Insane asylums in Bengal annual reports 1876-1887 - 1876-1887
Year: 1876
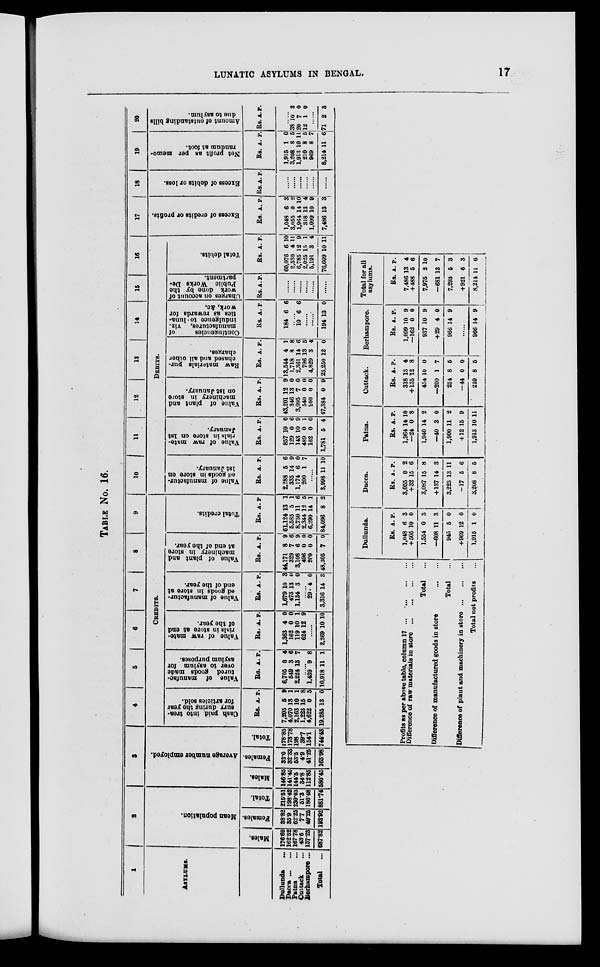
LUNATIC ASYLUMS IN BENGAL.
17
TABLE No. 16.
1
ASYLUMS.
Dullunda ...
Dacca
...
Patna ...
Cuttack ...
Berhampore ...
Total ...
2
Mean population.
Males.
176.69
162.52
167.78
43.6
137.23
687.82
Females.
38.82
35.9
62.25
7.7
49.25
193.92
Total.
215.51
198.42
230.03
51.3
186.48
881.74
3
Average number employed.
Males.
146.85
141.45
144.5
34.8
112.85
580.45
Females.
32.0
32.33
53.5
4.9
41.25
163.98
Total.
178.85
173.78
198
39.7
154.1
744.43
4
5
6
7
8
9
CREDITS.
Cash paid into trea-
sury during the year
for articles sold.
Rs.
7,205
4,070
2,163
1,223
4,622
19.285
A.
5
13
10
15
0
13
P.
9
1
1
8
5
0
Value of manufac-
tured goods made
over to asylum for
asylum purposes.
Rs.
6,705
549
2,224
A.
0
3
13
P.
4
6
7
......
1,439
10,918
9
11
8
1
Value of raw mate-
rials in store at end
of the year.
Rs.
1,363
162
119
624
A.
4
0
10
12
P.
0
0
1
9
......
2,269 10 10
Value of manufactur-
ed goods in store at
end of the year.
Rs.
1,679
473
1,134
A.
10
13
3
P.
3
0
0
......
29
3,316
4
14
0
3
Value of plant and
machinery in store
at end of the year.
Rs.
44,171
329
3,108
496
200
48,305
A.
8
7
6
0
0
7
P.
9
6
9
0
0
0
Total credits.
Rs.
61,124
5,585
8,750
2,344
6,290
84,096
A.
13
5
11
12
14
8
P
1
1
6
5
1
2
10 11 12 13 14 15 16
DEBITS.
Value of manufactur-
ed goods in store on
1st January.
Rs.
2,288
335
1,174
200
A.
5
14
6
1
P.
6
9
0
7
......
3,998 11 10
Value of raw mate-
rials in store on 1st
January.
Rs.
857
129
143
489
162
1,781
A.
10
0
10
0
0
5
P.
0
6
9
1
0
4
Value of plant and
machinery in store
on 1st January.
Rs.
43,201
346
3,095
540
200
47,384
A.
12
13
7
0
0
0
P.
9
0
0
0
0
9
Raw materials pur-
chased and all other
charges.
Rs.
13,544
1,718
2,361
796
4,829
23,250
A.
4
8
14
13
3
12
P.
1
8
6
5
4
0
Contingencies
of
manufactures,
viz.
indulgence to luna-
tics as rewards for
work, &c.
Rs.
184
A.
6
P.
6
......
10 6 6
......
......
194 13 0
Charges on account of
work done by the
Public Works De-
partment.
Rs. A. P.
......
......
......
......
......
......
Total debits.
Rs.
60,076
2,530
6,785
2,025
5,191
76,609
A.
6
4
12
15
3
10
P.
10
11
9
1
4
11
17
Excess of credits or profits.
Rs.
1,048
3,055
1,964
318
1,099
7,486
A.
6
0
14
13
10
13
P.
3
2
10
4
9
3
18
Excess of debits or loss.
Rs. A. P.
......
......
......
......
......
......
19
Net profit as per memo-
randum at foot.
Rs.
1,915
3,208
1,913
210
969
8,214
A.
1
8
10
8
8
11
P.
0
5
11
5
7
6
20
Amount of outstanding bills
due to asylum.
Rs. A. P.
......
38
20
12
0
7
1
3
0
0
......
71 2 3
Profits as per above table, column 17 ... ... ... ...
Difference of raw materials in store ...
Total
Difference of manufactured goods in store
Total
Difference of plant and machinery in store
Total net profits
Dullunda.
Rs.
1,048
+505
1,554
—608
945
+969
1,915
A.
6
10
0
11
5
12
1
P.
3
0
3
3
0
0
0
Dacca.
Rs.
3,055
+32
3,087
+137
3,225
—17
3,208
A.
0
15
15
14
13
5
8
P.
2
6
8
3
11
6
5
Patna.
Rs.
1,964
—24
1,940
—40
1,900
+ 12
1,913
A.
14
0
14
3
11
15
10
P.
10
8
2
0
2
9
11
Cuttack.
Rs.
318
+135
454
—200
254
—44
210
A.
13
12
10
1
8
0
8
P.
4
8
0
7
5
0
5
Berhampore.
Rs.
1,099
—162
937
+29
966
A.
10
0
10
4
14
P.
9
0
9
0
9
......
966 14 9
Total for all
asylums.
Rs.
7,486
+488
7,975
—681
7,293
+921
8,214
A.
13
5
2
13
5
6
11
P.
4
6
10
7
3
3
6